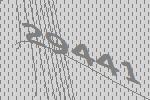
29441